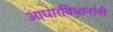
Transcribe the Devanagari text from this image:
आधारविधानांनी